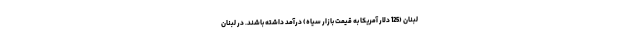
لبنان (125 دلار آمریکا به قیمت بازار سیاه) درآمد داشته باشند. در لبنان